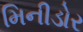
મિનીડોર